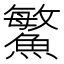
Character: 鰵